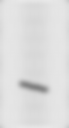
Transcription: -